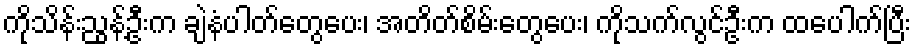
ကိုသိန်းညွန့်ဦးက ချဲနံပါတ်တွေပေး၊ အတိတ်စိမ်းတွေပေး၊ ကိုသက်လွင်ဦးက ထပေါက်ပြီး